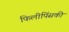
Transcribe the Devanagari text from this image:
फिलीपिंसकी